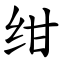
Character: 绀